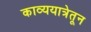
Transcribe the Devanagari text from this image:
काव्ययात्रेतून